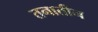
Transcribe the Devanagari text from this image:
तनातीन